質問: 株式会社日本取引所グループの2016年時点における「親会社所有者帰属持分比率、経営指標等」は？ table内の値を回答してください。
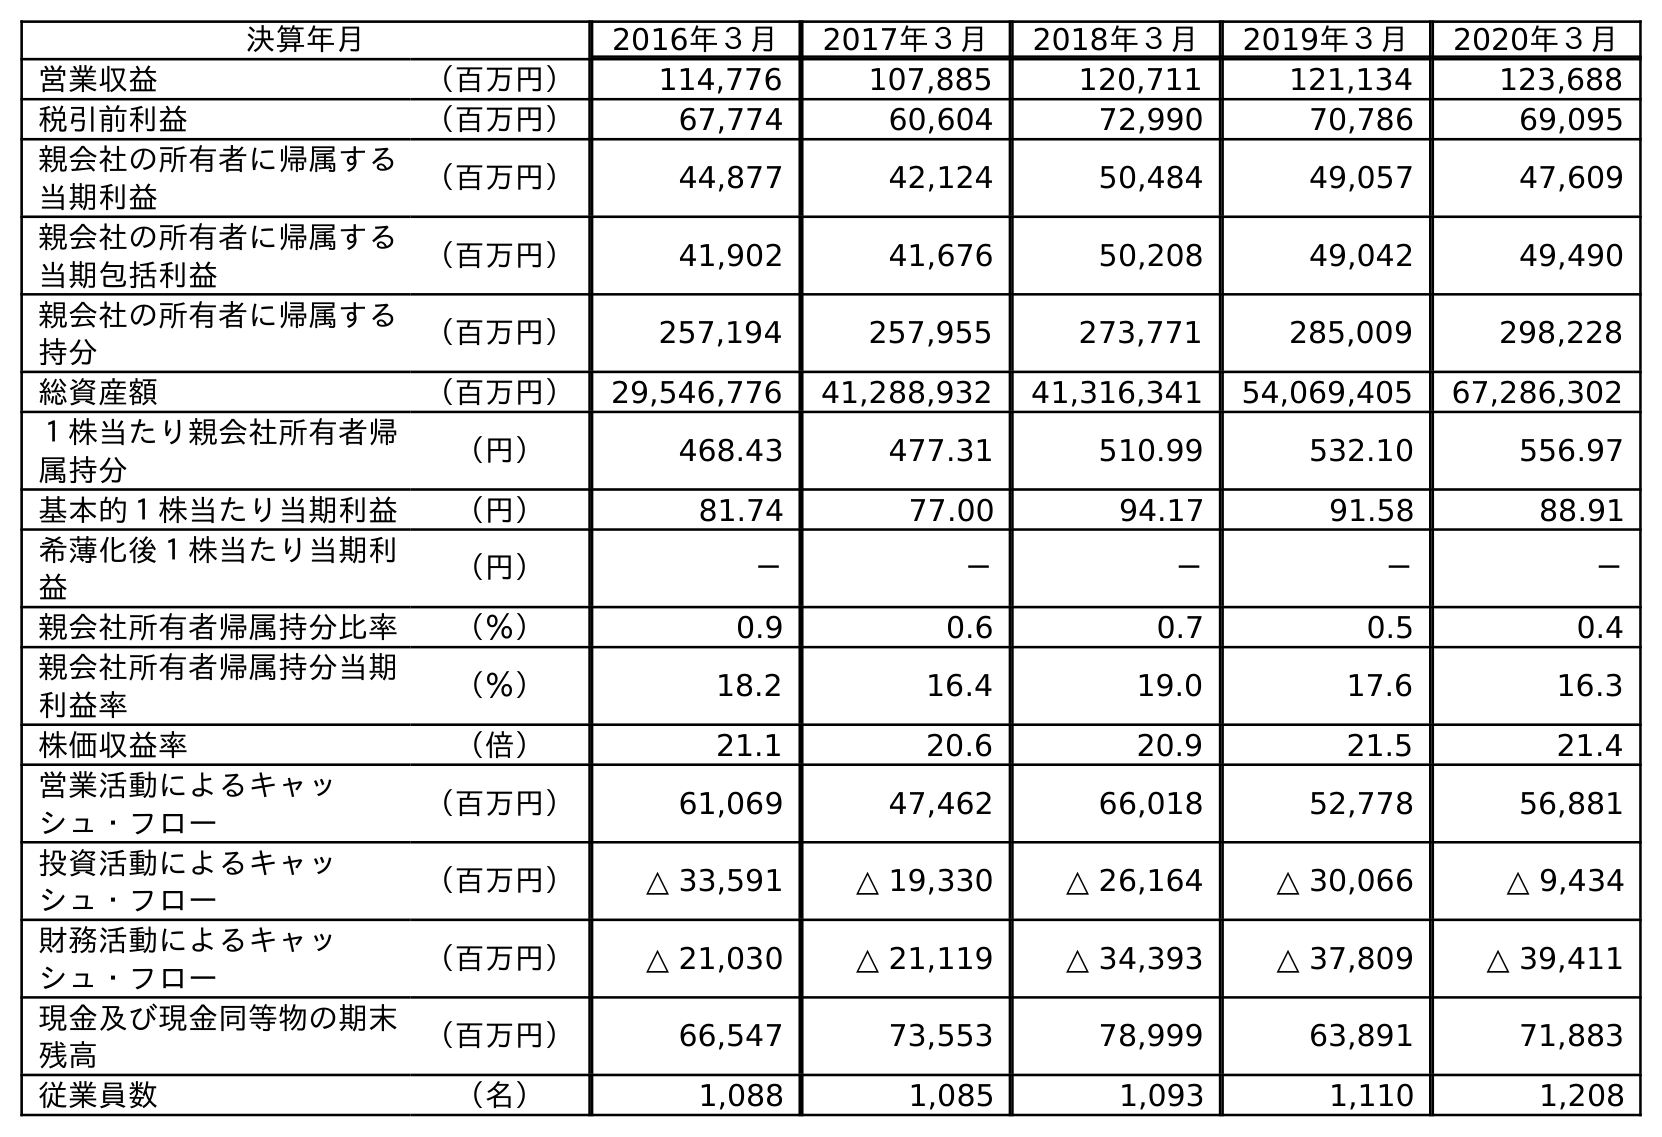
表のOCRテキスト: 決算年月 2016年３月 2017年３月 2018年３月 2019年３月 2020年３月 営業収益 （百万円） 114,776 107,885 120,711 121,134 123,688 税引前利益 （百万円） 67,774 60,604 72,990 70,786 69,095 親会社の所有者に帰属する 当期利益 （百万円） 44,877 42,124 50,484 49,057 47,609 親会社の所有者に帰属する 当期包括利益 （百万円） 41,902 41,676 50,208 49,042 49,490 親会社の所有者に帰属する 持分 （百万円） 257,194 257,955 273,771 285,009 298,228 総資産額 （百万円） 29,546,776 41,288,932 41,316,341 54,069,405 67,286,302 １株当たり親会社所有者帰 属持分 （円） 468.43 477.31 510.99 532.10 556.97 基本的１株当たり当期利益 （円） 81.74 77.00 94.17 91.58 88.91 希薄化後１株当たり当期利 益 （円） － － － － － 親会社所有者帰属持分比率 （％） 0.9 0.6 0.7 0.5 0.4 親会社所有者帰属持分当期 利益率 （％） 18.2 16.4 19.0 17.6 16.3 株価収益率 （倍） 21.1 20.6 20.9 21.5 21.4 営業活動によるキャッ シュ・フロー （百万円） 61,069 47,462 66,018 52,778 56,881 投資活動によるキャッ シュ・フロー （百万円） △ 33,591 △ 19,330 △ 26,164 △ 30,066 △ 9,434 財務活動によるキャッ シュ・フロー （百万円） △ 21,030 △ 21,119 △ 34,393 △ 37,809 △ 39,411 現金及び現金同等物の期末 残高 （百万円） 66,547 73,553 78,999 63,891 71,883 従業員数 （名） 1,088 1,085 1,093 1,110 1,208
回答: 0.9